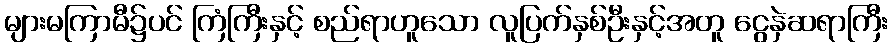
များမကြာမီ၌ပင် ကြံကြီးနှင့် စည်ရာဟူသော လူပြက်နှစ်ဦးနှင့်အတူ ငွေနှဲဆရာကြီး